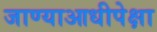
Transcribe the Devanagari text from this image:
जाण्याआधीपेक्षा